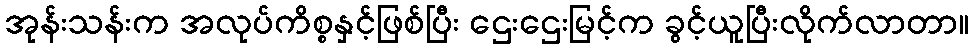
အုန်းသန်းက အလုပ်ကိစ္စနှင့်ဖြစ်ပြီး ဌေးဌေးမြင့်က ခွင့်ယူပြီးလိုက်လာတာ။